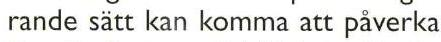
rande sätt kan komma att påverka